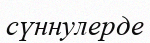
сүннулерде